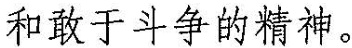
和敢于斗争的精神。